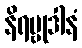
နိရဗ္ဗုဒါနံ